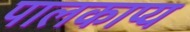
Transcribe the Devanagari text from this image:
पालकाप्य